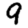
Digit: 9